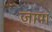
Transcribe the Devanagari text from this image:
जापा